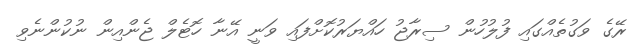
ރޭގެ ވަގުތެއްގައި ފުލުހުން ސިރާޖު ހައްޔަރުކޮށްފައި ވަނީ އޭނާ ހޮޓެލް ޖެންއިން ނުކުންނެވި